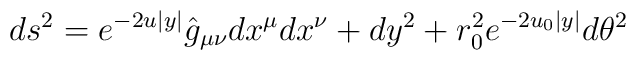
ds^2= e^{-2u|y|}\hat{g}_{\mu\nu}dx^\mu dx^\nu + dy^2 + r_0^2 e^{-2u_0|y|} d\theta^2